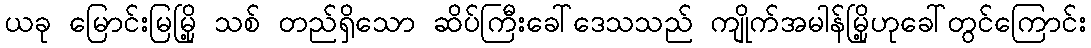
ယခု မြောင်းမြမြို့ သစ် တည်ရှိသော ဆိပ်ကြီးခေါ်ဒေသသည် ကျိုက်အမါန်မြို့ဟုခေါ်တွင်ကြောင်း